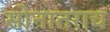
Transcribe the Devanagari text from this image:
सोनातराच